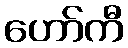
ဟော်ကီ